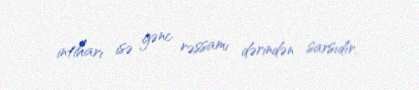
intiharı isə gənc rəssamı dərindən sarsıdır.